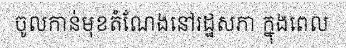
ចូលកាន់មុខតំណែងនៅរដ្ឋសភា ក្នុងពេល